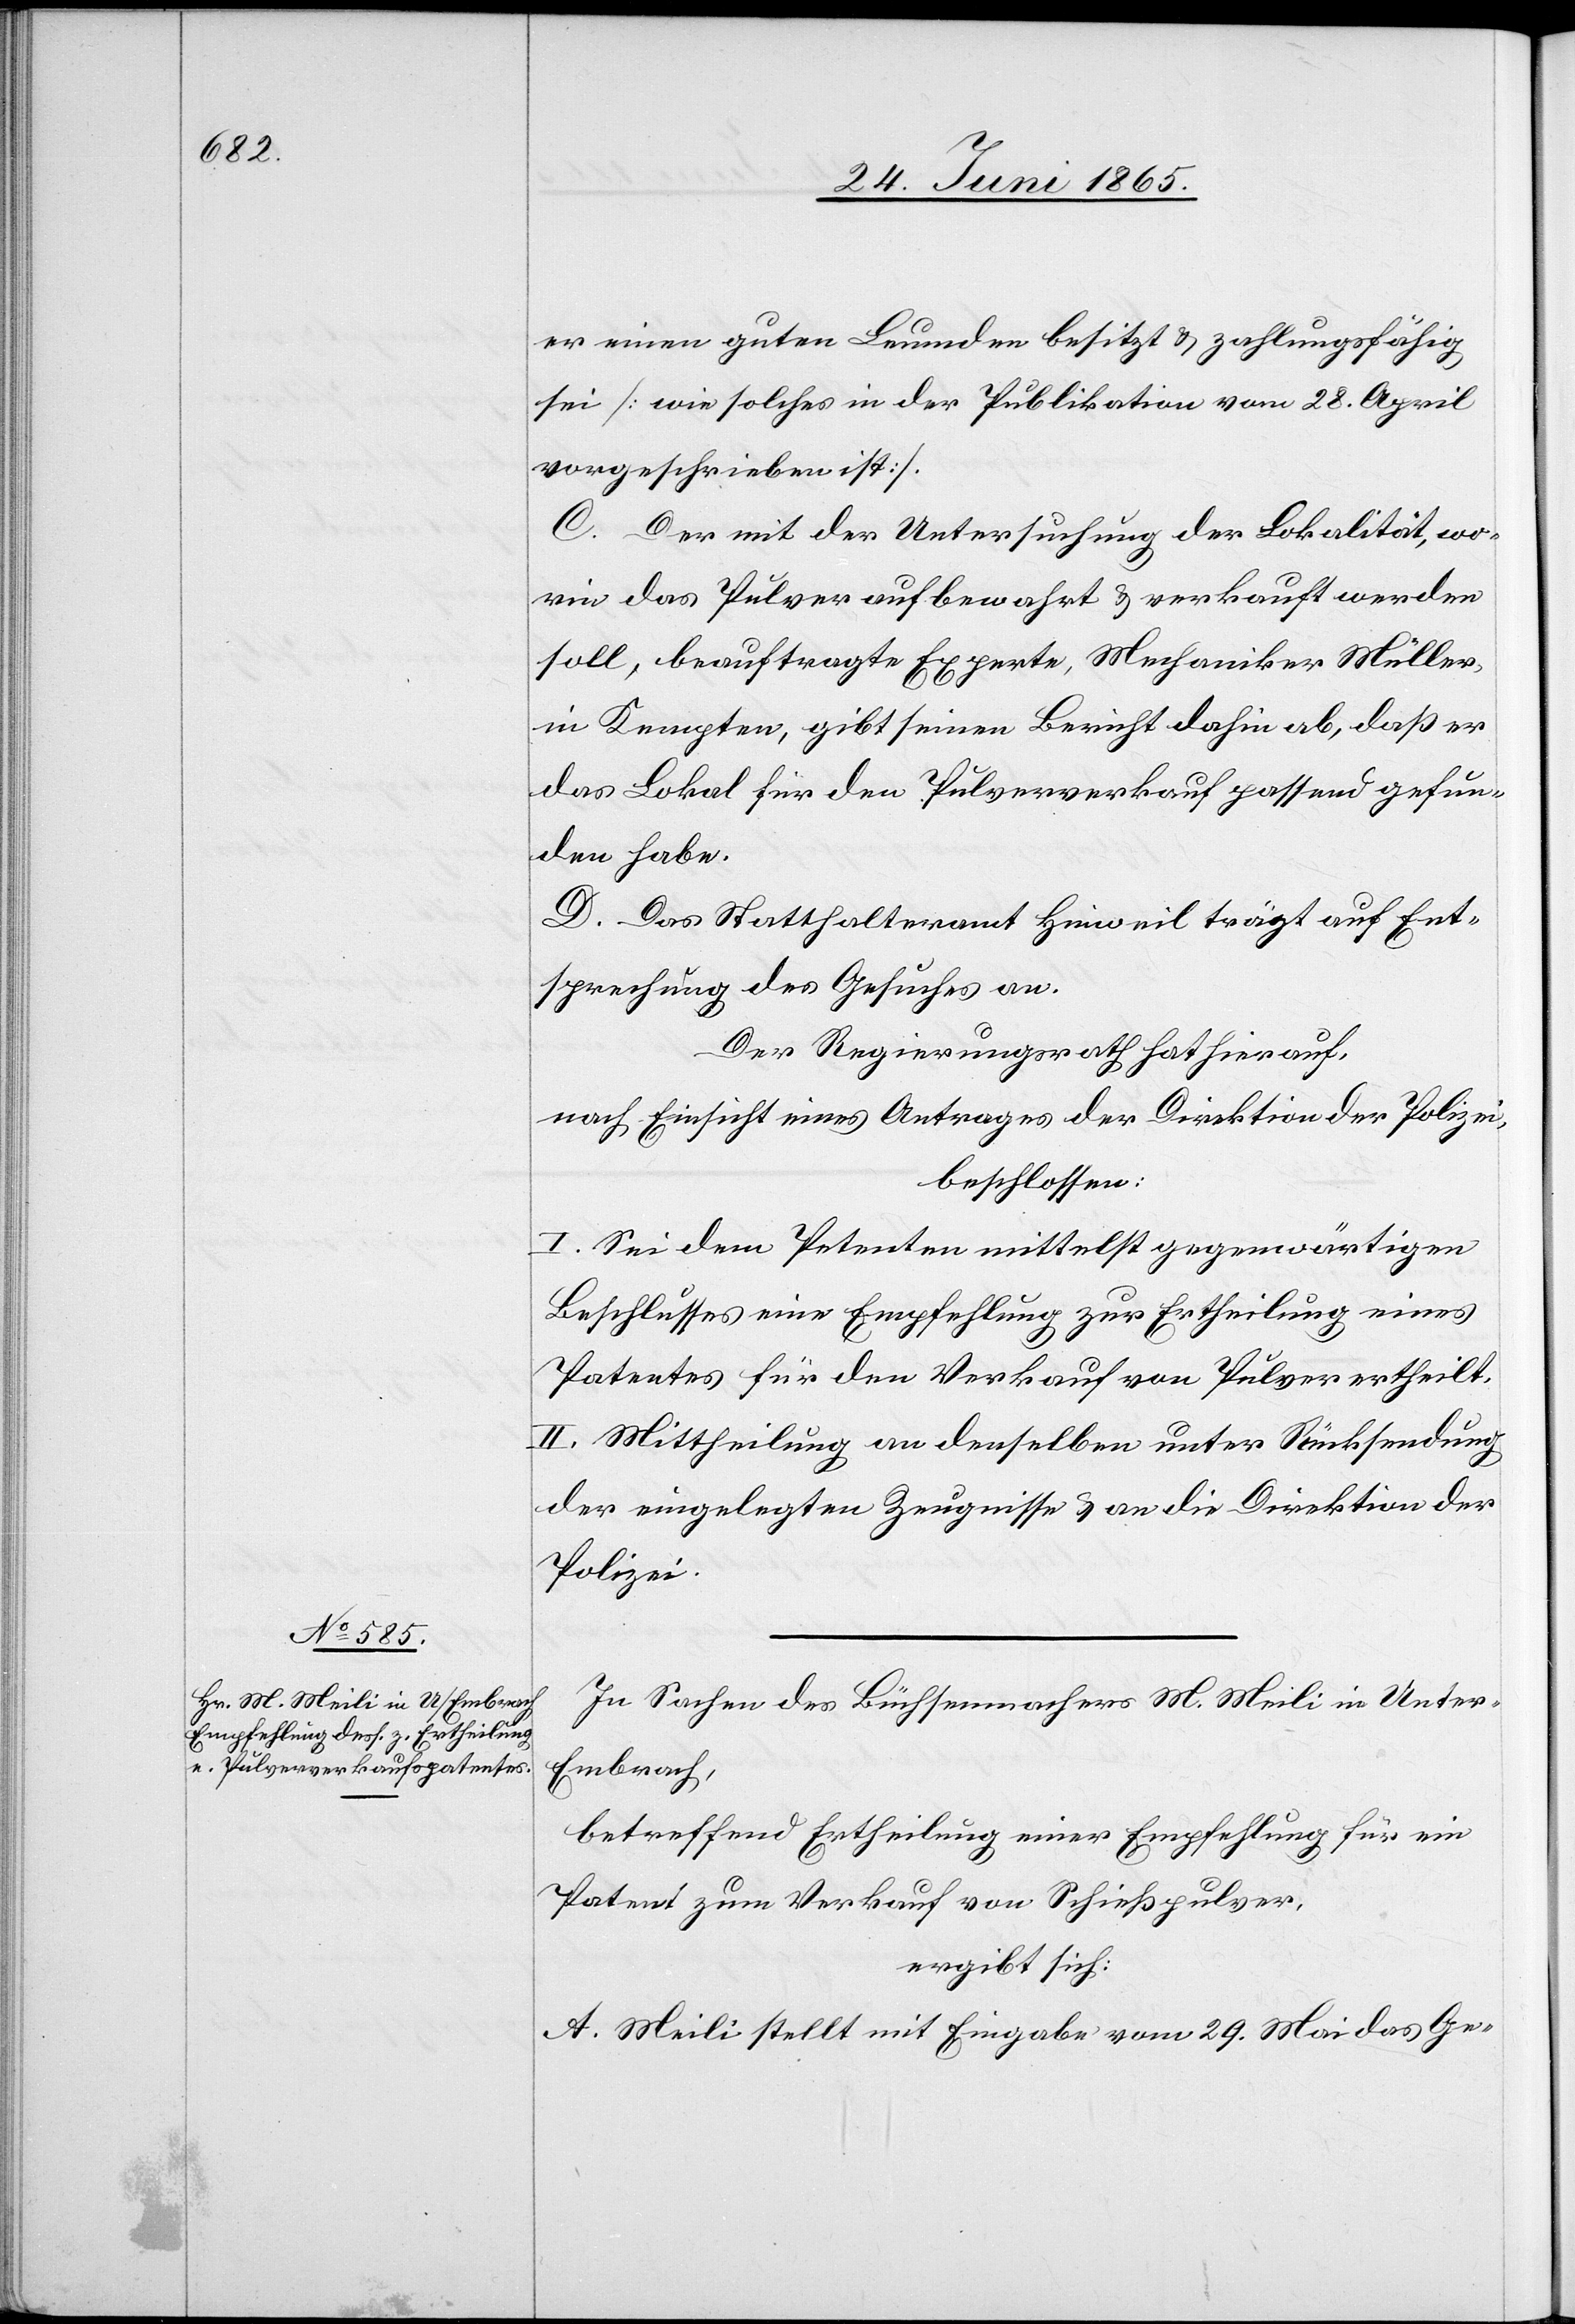
er einen guten Leumden besitzt & zahlungsfähig
sei [wie solches in der Publikation vom 28. April
vorgeschrieben ist].
C. Der mit der Untersuchung der Lokalität, wo¬
rin das Pulver aufbewahrt & verkauft werden
soll, beauftragte Experte, Mechaniker Müller
in Kempten, gibt seinen Bericht dahin ab, daß er
das Lokal für den Pulververkauf passend gefun¬
den habe.
D. Das Statthalteramt Hinweil trägt auf Ent¬
sprechung des Gesuches an.
Der Regierungsrath hat hierauf,
nach Einsicht eines Antrages der Direktion der Polizei,
beschlossen:
I. Sei dem Petenten mittelst gegenwärtigen
Beschlusses eine Empfehlung zur Ertheilung eines
Patentes für den Verkauf von Pulver ertheilt.
II. Mittheilung an denselben unter Rücksendung
der eingelegten Zeugnisse & an die Direktion der
Polizei.
In Sachen des Büchsenmachers M. Meili in Unte¬
r-Embrach,
betreffend Ertheilung einer Empfehlung für ein
Patent zum Verkauf von Schießpulver,
ergibt sich:
A. Meili stellt mit Eingabe vom 29. Mai das Ge-